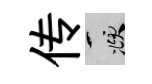
传頫